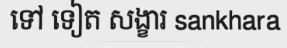
ទៅ ទៀត សង្ខារ sankhara